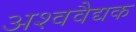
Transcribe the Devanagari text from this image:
अश्ववैद्यक